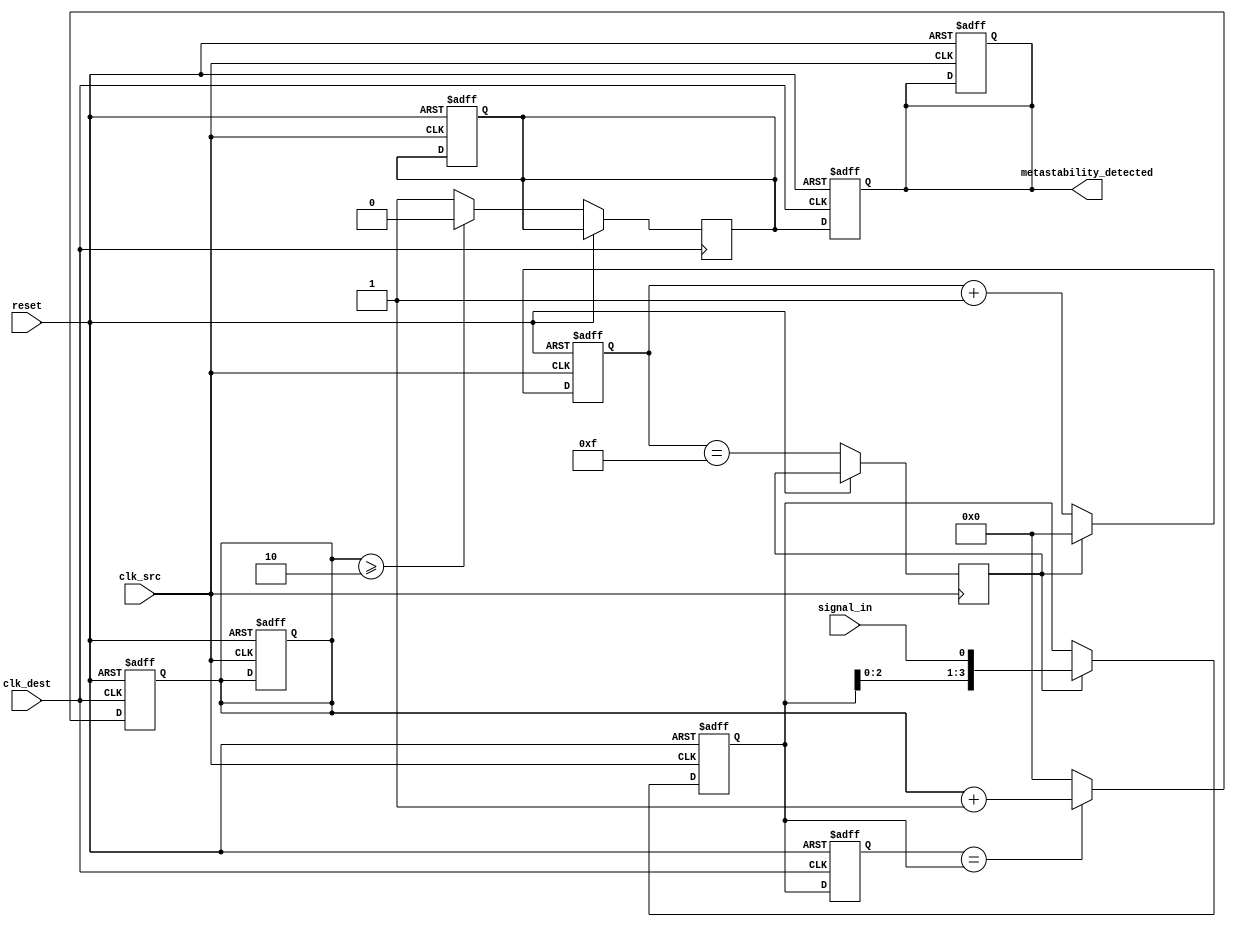
module metastability_detector (
    input wire clk_src,            // Source clock
    input wire clk_dest,           // Destination clock
    input wire reset,              // Reset signal
    input wire signal_in,          // Incoming signal
    output reg metastability_detected // Metastability detection output
);

    // Parameters
    parameter NUM_SAMPLES = 4;    // Number of samples to take
    parameter STABILITY_THRESHOLD = 2; // Number of stable samples required

    // Sampling memory blocks
    reg [NUM_SAMPLES-1:0] samples;
    reg [NUM_SAMPLES-1:0] stable_count;

    // Random sampling mechanism (simple example using a counter)
    reg [3:0] sample_counter; // 4-bit counter for random sampling
    reg sample_enable;

    // Internal signals for metastability detection
    reg [NUM_SAMPLES-1:0] last_samples;
    reg metastability_flag;

    // Reset and calibration logic
    always @(posedge clk_src or posedge reset) begin
        if (reset) begin
            samples <= 0;
            sample_counter <= 0;
            stable_count <= 0;
            metastability_detected <= 0;
            metastability_flag <= 0;
        end else begin
            // Random sampling enable logic (simple counter-based example)
            sample_enable <= (sample_counter == 4'b1111); // Trigger sampling every 16 cycles
            if (sample_enable) begin
                samples <= {samples[NUM_SAMPLES-2:0], signal_in}; // Shift in new sample
                sample_counter <= 0; // Reset counter
            end else begin
                sample_counter <= sample_counter + 1; // Increment counter
            end
        end
    end

    // Metastability detection logic
    always @(posedge clk_dest or posedge reset) begin
        if (reset) begin
            last_samples <= 0;
            stable_count <= 0;
            metastability_detected <= 0;
        end else begin
            // Store the last sampled state
            last_samples <= samples;

            // Count stable samples
            stable_count <= (last_samples == samples) ? stable_count + 1 : 0;

            // Check for metastability detection
            if (stable_count >= STABILITY_THRESHOLD) begin
                metastability_flag <= 0; // Signal is stable
            end else begin
                metastability_flag <= 1; // Potential metastability detected
            end

            // Set the metastability detected output
            metastability_detected <= metastability_flag;
        end
    end

endmodule